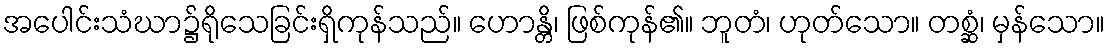
အပေါင်းသံဃာ၌ရိုသေခြင်းရှိကုန်သည်။ ဟောန္တိ၊ ဖြစ်ကုန်၏။ ဘူတံ၊ ဟုတ်သော။ တစ္ဆံ၊ မှန်သော။